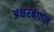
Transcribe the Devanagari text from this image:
अक्षरबंगाल